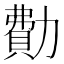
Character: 𠢥